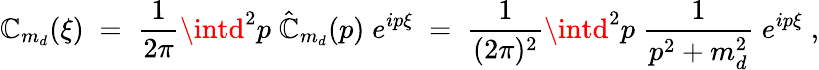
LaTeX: \mathbb{C}_{m_{d}}(\xi)\; =\; \frac{{1}}{{2\pi}}\intd^{2}p\; \hat{{\mathbb{C}}}_{m_{d}}(p)\; e^{ip\xi}\; =\; \frac{{1}}{{(2\pi)^{2}}}\intd^{2}p\; \frac{{1}}{{p^{2}+m_{d}^{2}}}\; e^{ip\xi}\; ,